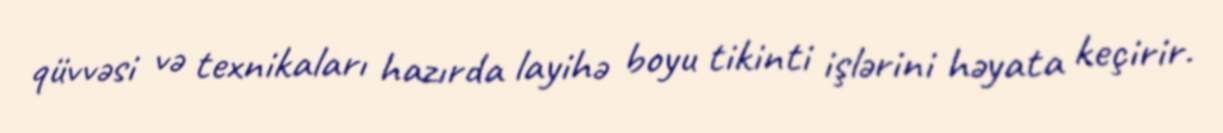
qüvvəsi və texnikaları hazırda layihə boyu tikinti işlərini həyata keçirir.